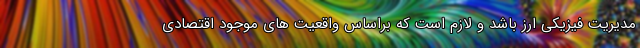
مدیریت فیزیکی ارز باشد و لازم است که براساس واقعیت های موجود اقتصادی